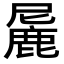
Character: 𬸼